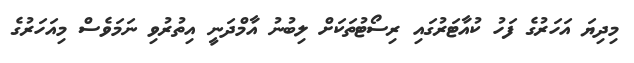
މިދިޔަ އަހަރުގެ ފަހު ކުއާޓަރުގައި ރިސޯޓުތަކަށް ލިބުނު އާމްދަނީ އިތުރުވި ނަމަވެސް މިއަހަރުގެ